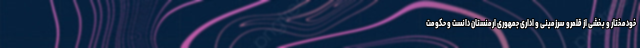
خودمختار و بخشی از قلمرو سرزمینی و اداری جمهوری ارمنستان دانست و حکومت